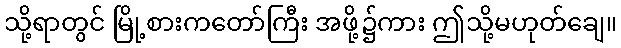
သို့ရာတွင် မြို့စားကတော်ကြီး အဖို့၌ကား ဤသို့မဟုတ်ချေ။